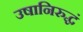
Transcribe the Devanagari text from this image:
उषानिरुद्धं